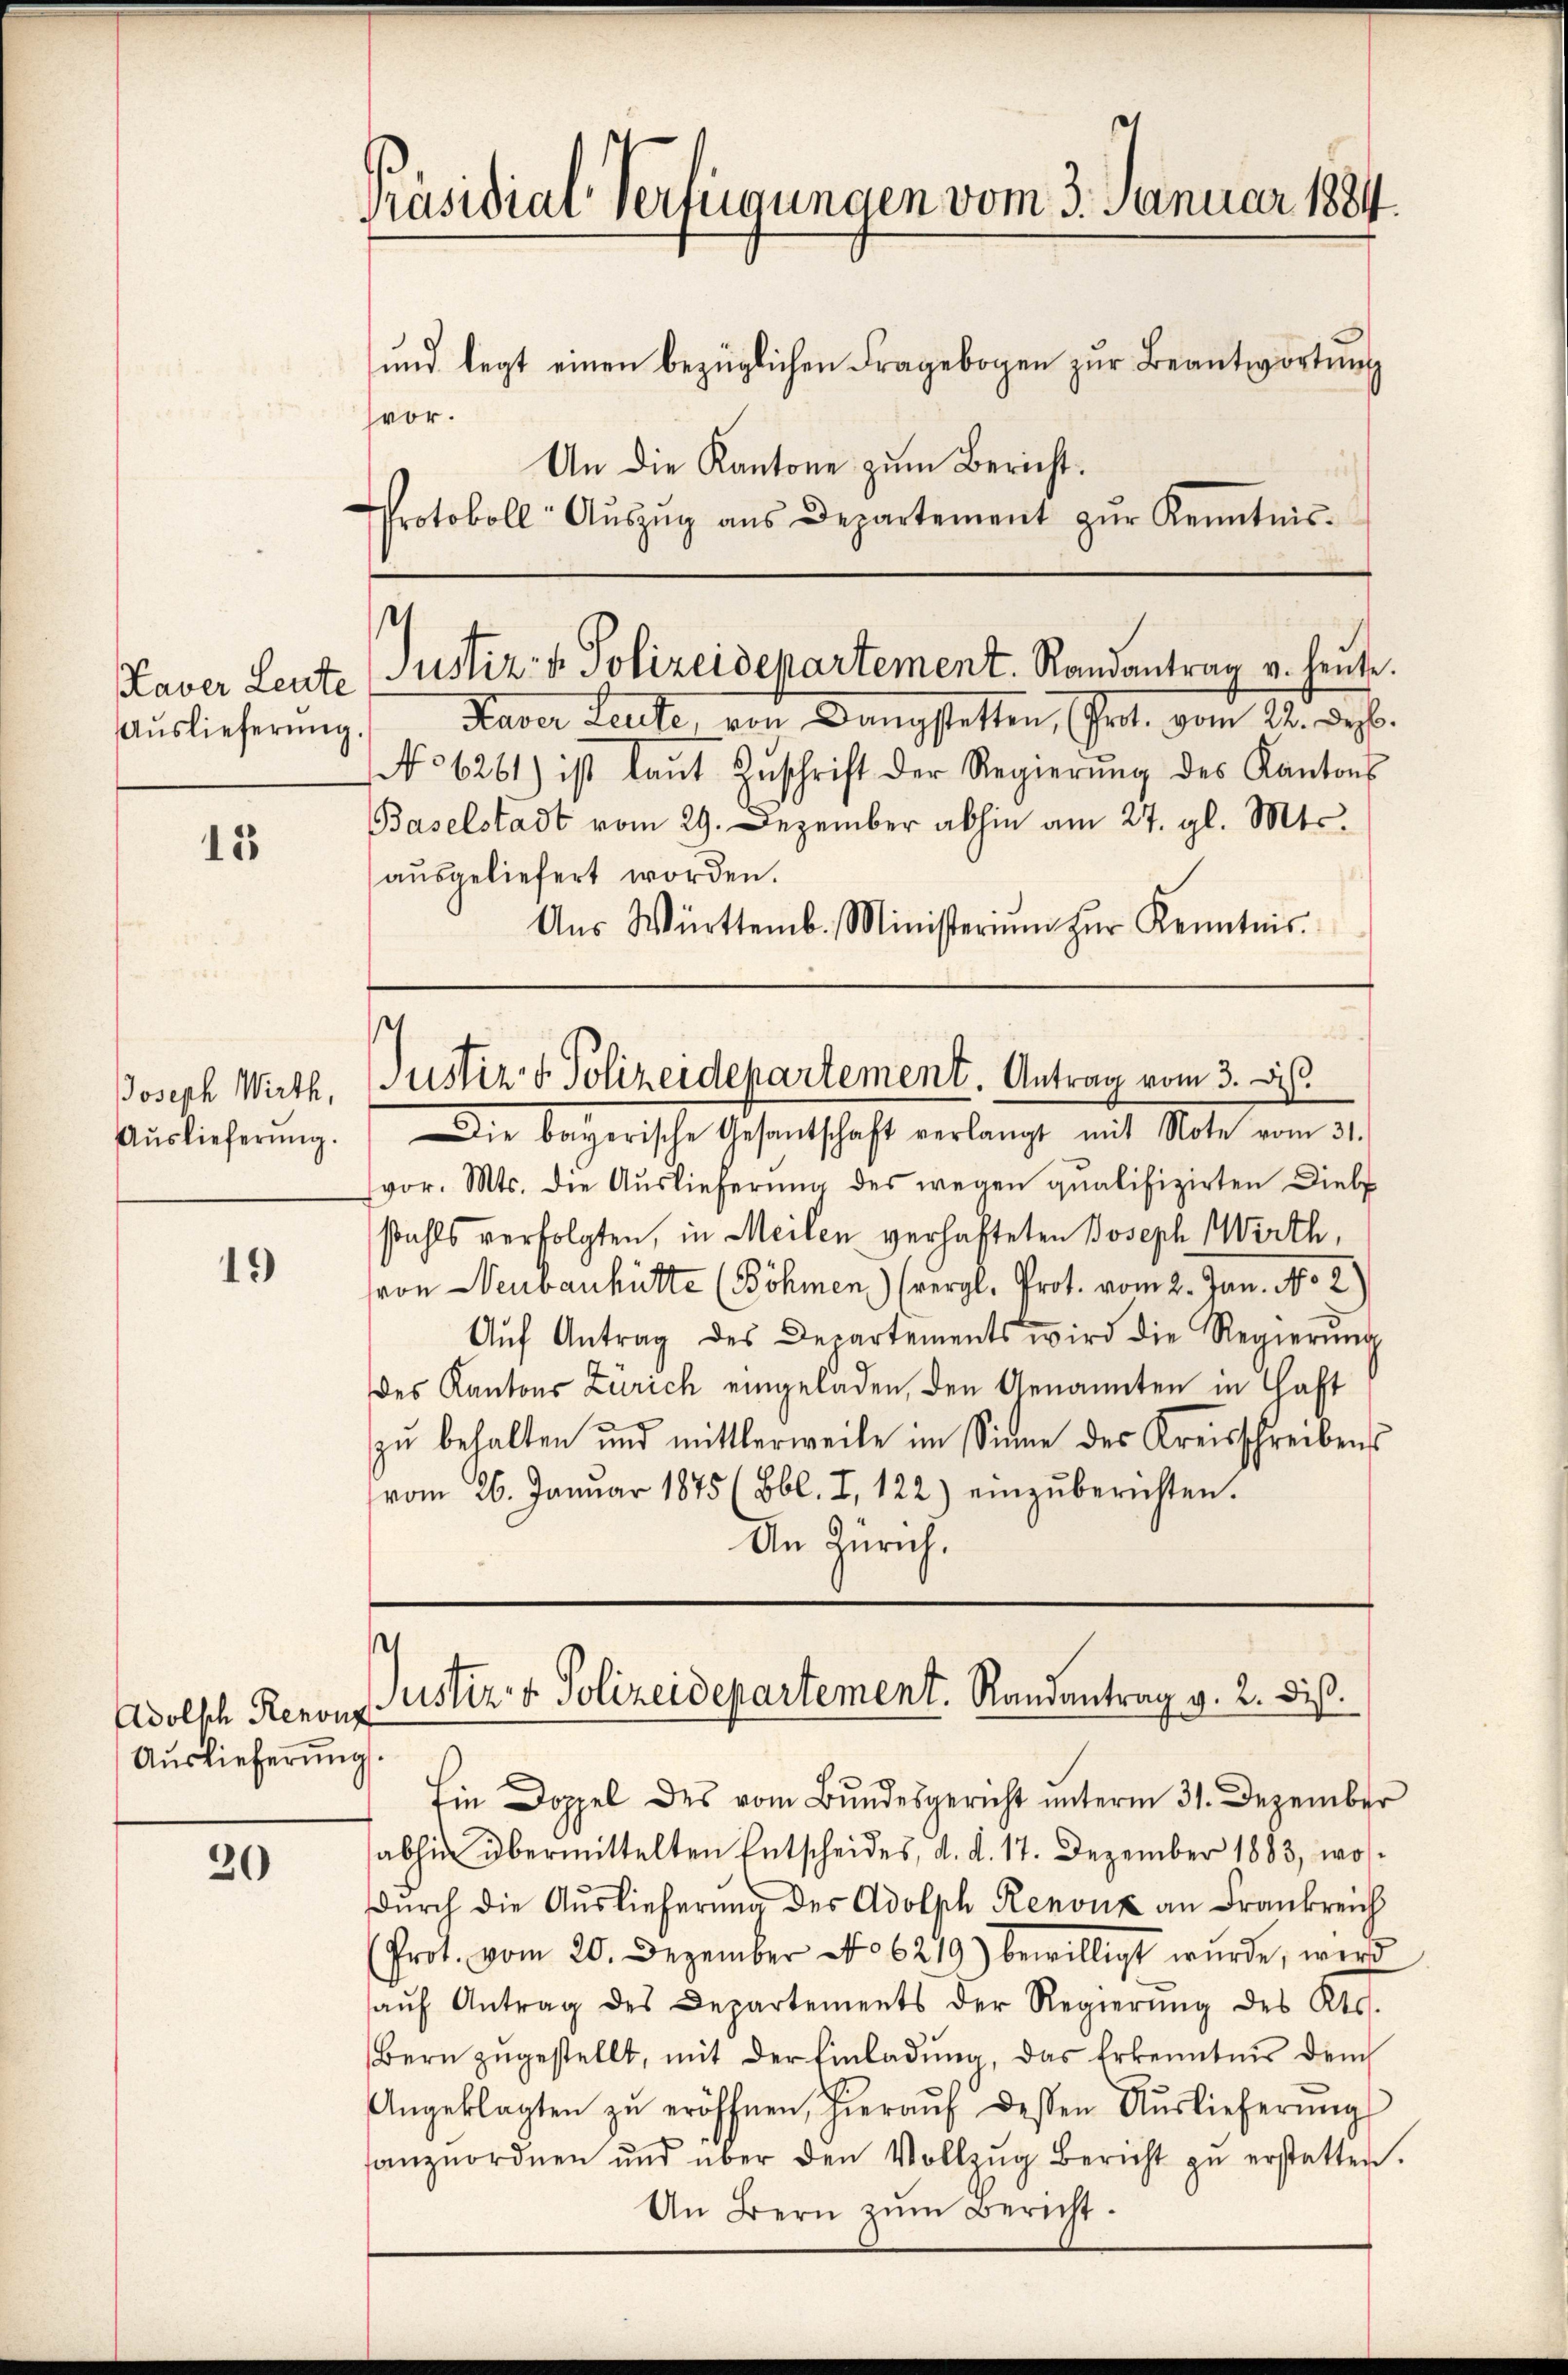
15

Joseph Wirth,
Auslieferung.

19

Adolsch Renonz
Auslieferung.

30

Präsidial Verfügungen vom 3. Januar 1884.

ŭnd legt einen bezüglichen Fragebogen zŭr Beantwortŭng
vor.
An die Kantone zum Bericht.
Protokoll- Aŭszŭg ans Departement zŭr Kenntnis.

Auslieferung. Daver Leute, von Dangstatten, (Prot. vom 22. Dez.
No 6261) ist laŭt Zŭschrift der Regierŭng des Kantons
Baselstadt vom 29. Dezember abhin am 27. gl. Mts.
aŭsgeliefert worden.
Aŭs Württemb. Ministeriŭm zŭr Kenntnis.

Die bayerische Gesandtschaft verlangt mit Note vom 31.
vor. Mts. die Aŭslieferŭng des wegen qualifizirten Diebs
stahls verfolgten, in Meilen verhafteten Joseph Wirth,
ron Neubauhütte (Böhmen) (vergl. Prot. vom 2. Jan. No 2
Aŭf Antrag des Departements wird die Regierŭng
des Kantons Zürich eingeladen, den Genannten in Haft
zŭ behalten und mittlerweile im Sinne des Kreisschreibens
vom 26. Januar 1875 (Bbl. I, 122) einzŭberichten.
An Zürich.

t
Kaver Leute Justiz- & Polizeidepartement. Randantrag v. heute.

Justiz & Polizeidepartement. Antrag vom 3. Dis

s
Justiz- & Polizeidepartement. Randantrag v. 2. diß.

Ein Doppel des vom Bundesgericht unterm 31. Dezember
abhin übermittelten Entscheides, d. d. 17. Dezember 1883, wos
durch die Auslieferung des Adolph Renouz an Frankreich
(Prot. vom 20. Dezember No 6219) bewilligt wurde, wird
aŭf Antrag des Departements der Regierŭng des Kts.
Bern zŭgestellt, mit der Einladŭng, das Erkenntnis dem
Angeklagten zŭ eröffnen, hieraŭf dessen Aŭslieferŭng
anzuordnen und über den Vollzŭg Bericht zŭ erstatten.
An Bern zŭm Bericht.